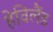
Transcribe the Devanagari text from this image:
हेविलैंड